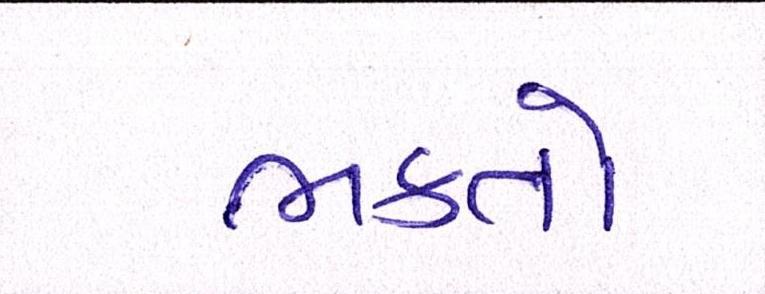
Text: ભક્તો